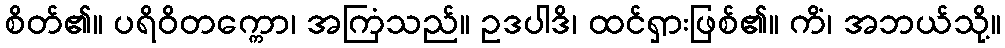
စိတ်၏။ ပရိဝိတက္ကော၊ အကြံသည်။ ဥဒပါဒိ၊ ထင်ရှားဖြစ်၏။ ကိံ၊ အဘယ်သို့။